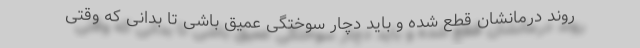
روند درمانشان قطع شده و باید دچار سوختگی عمیق باشی تا بدانی که وقتی